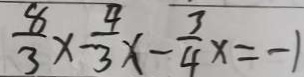
\frac { 8 } { 3 } \times \frac { 4 } { 3 } x - \frac { 3 } { 4 } x = - 1